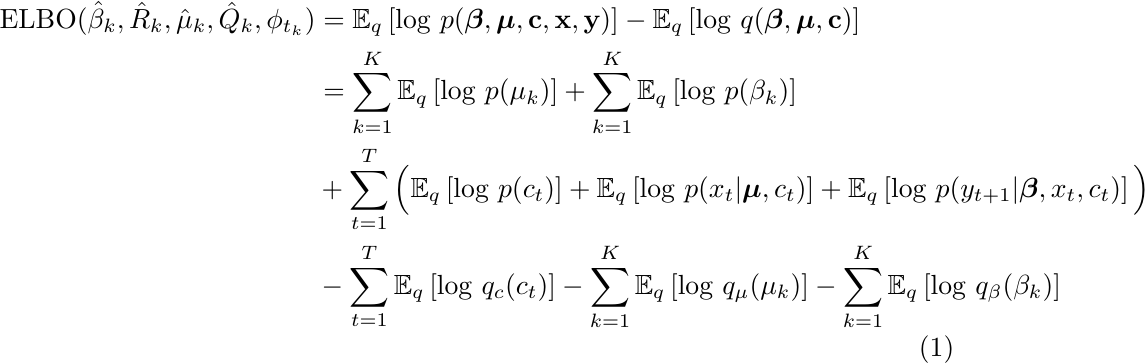
\begin{align}
\label{elbo1}
    \text{ELBO}(\hat{\beta}_k, \hat{R}_k,\hat{\mu}_k, \hat{Q}_k, \phi_{t_k}) & =  \mathbb{E}_q \left[ \text{log }  p(\boldsymbol\beta, \boldsymbol\mu , \text{\bf{c}}, \text{\bf{x}}, \text{\bf{y}}) \right]
    - \mathbb{E}_q \left[ \text{log } q(\boldsymbol\beta, \boldsymbol\mu , \text{\bf{c}}) \right]
    \nonumber \\
   & = \sum_{k=1}^K \mathbb{E}_q \left[ \text{log} \ p(\mu_k) \right] +  \sum_{k=1}^K \mathbb{E}_q \left[ \text{log} \ p(\beta_k) \right] \nonumber \\
    & + \sum_{t=1}^T \Big( \mathbb{E}_q \left[ \text{log} \ p(c_t) \right] + \mathbb{E}_q \left[ \text{log} \ p(x_t |\boldsymbol\mu, c_t) \right] + \mathbb{E}_q \left[ \text{log} \ p(y_{t+1} |\boldsymbol\beta, x_t, c_t) \right] \Big) \nonumber \\
    & - \sum_{t=1}^T \mathbb{E}_q \left[ \text{log} \ q_c(c_t) \right] - \sum_{k=1}^K \mathbb{E}_q \left[ \text{log} \ q_\mu(\mu_k) \right] - \sum_{k=1}^K \mathbb{E}_q \left[ \text{log} \ q_\beta (\beta_k) \right]
\end{align}